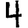
Digit: 4